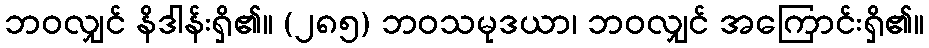
ဘဝလျှင် နိဒါန်းရှိ၏။ (၂၈၅) ဘဝသမုဒယာ၊ ဘဝလျှင် အကြောင်းရှိ၏။